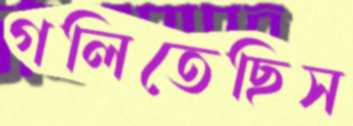
গলিতেছিস